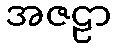
အဇဠာ